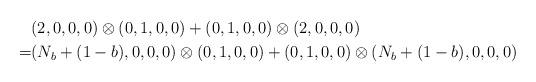
LaTeX: \begin{align*}&(2,0,0,0)\otimes(0,1,0,0)+(0,1,0,0)\otimes(2,0,0,0) \\= &(N_b+(1-b),0,0,0)\otimes(0,1,0,0)+(0,1,0,0)\otimes(N_b+(1-b),0,0,0)\end{align*}